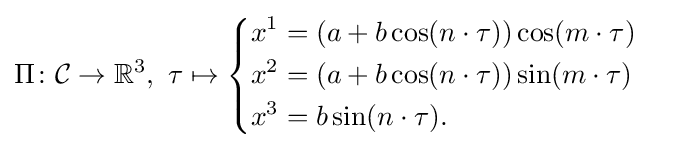
\Pi \colon {\mathcal {C}}\to \mathbb {R} ^{3},\ \tau \mapsto {\begin{cases}{\begin{aligned}x^{1}&=(a+b\cos(n\cdot \tau ))\cos(m\cdot \tau )\\x^{2}&=(a+b\cos(n\cdot \tau ))\sin(m\cdot \tau )\\x^{3}&=b\sin(n\cdot \tau ).\end{aligned}}\end{cases}}